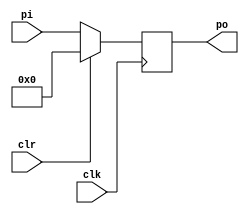
module register8bit(clk,clr,pi,po);
input clk,clr;
input wire[7:0] pi;
output reg[7:0] po;
always @(posedge clk)begin
if(clr)
po<=8'b00000000;
else
po<=pi;
end
endmodule

module register8bittest;
reg clk,clr;
reg[7:0] pi;
wire[7:0] po;
register8bit test(clk,clr,pi,po);
initial begin
clk = 0;
clr = 0;
pi = 0;
#5 clr=1'b1;
#5 clr=1'b0;
#10 pi=8'b10011010;
#10 pi=8'b10101010;
#10 pi=8'b10111001;
#10 pi=8'b11100011;
#10 pi=8'b11110010;
#10 pi=8'b00001111;
end
always #5 clk = ~clk;
initial #90 $stop;
endmodule